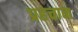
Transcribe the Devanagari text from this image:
प्रहचान